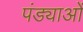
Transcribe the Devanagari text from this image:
पंड्याओं